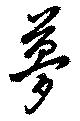
夢